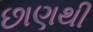
છાણથી